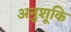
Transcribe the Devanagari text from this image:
अनुशूकि